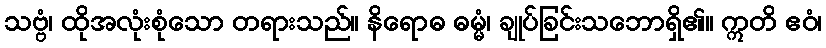
သဗ္ဗံ၊ ထိုအလုံးစုံသော တရားသည်။ နိရောဓ ဓမ္မံ၊ ချုပ်ခြင်းသဘောရှိ၏။ ဣတိ ဧဝံ၊